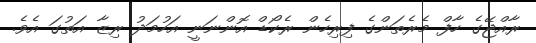
ރާއްޖޭގެ ހާފް މެރެތަންގެ ފިރިހެން ރެކޯޑް އޮންނަނީ އަހުމަދު ރިޒާ އަތުގަ އެވެ.